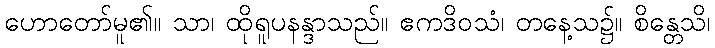
ဟောတော်မူ၏။ သာ၊ ထိုရူပနန္ဒာသည်။ ဧကဒိဝသံ၊ တနေ့သ၌။ စိန္တေသိ၊